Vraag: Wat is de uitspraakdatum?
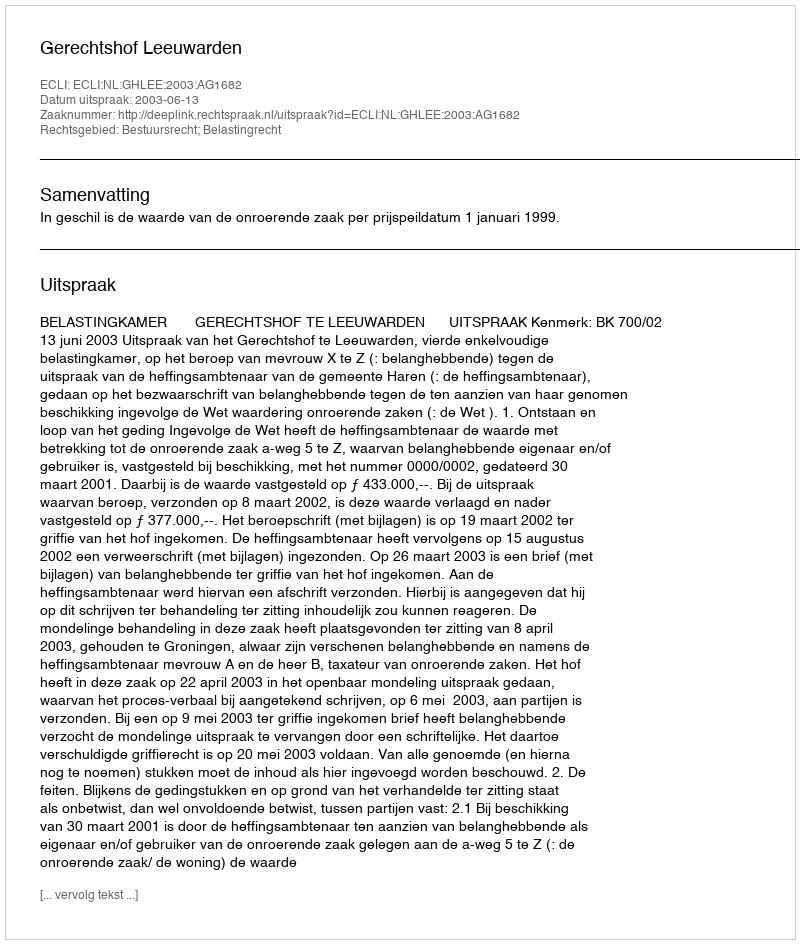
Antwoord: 2003-06-13